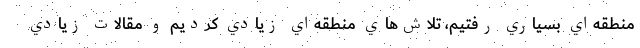
منطقه‌اي بسياري رفتيم، تلاش‌هاي منطقه‌اي زيادي كرديم و مقالات زيادي